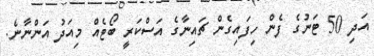
އަދި 50 ޓަނުގެ ފެން ހިފައިގެން ޗައިނާގެ އަސްކަރީ ބޯޓެއް މިއަދު އަންނާނެ.